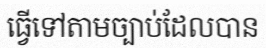
ធ្វើទៅតាមច្បាប់ដែលបាន